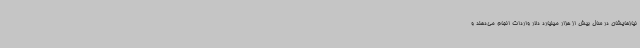
نیازهایشان در سال بیش از هزار میلیارد دلار واردات انجام می‌دهند و